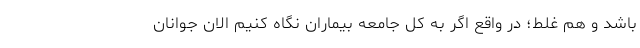
باشد و هم غلط؛ در واقع اگر به کل جامعه بیماران نگاه کنیم الان جوانان